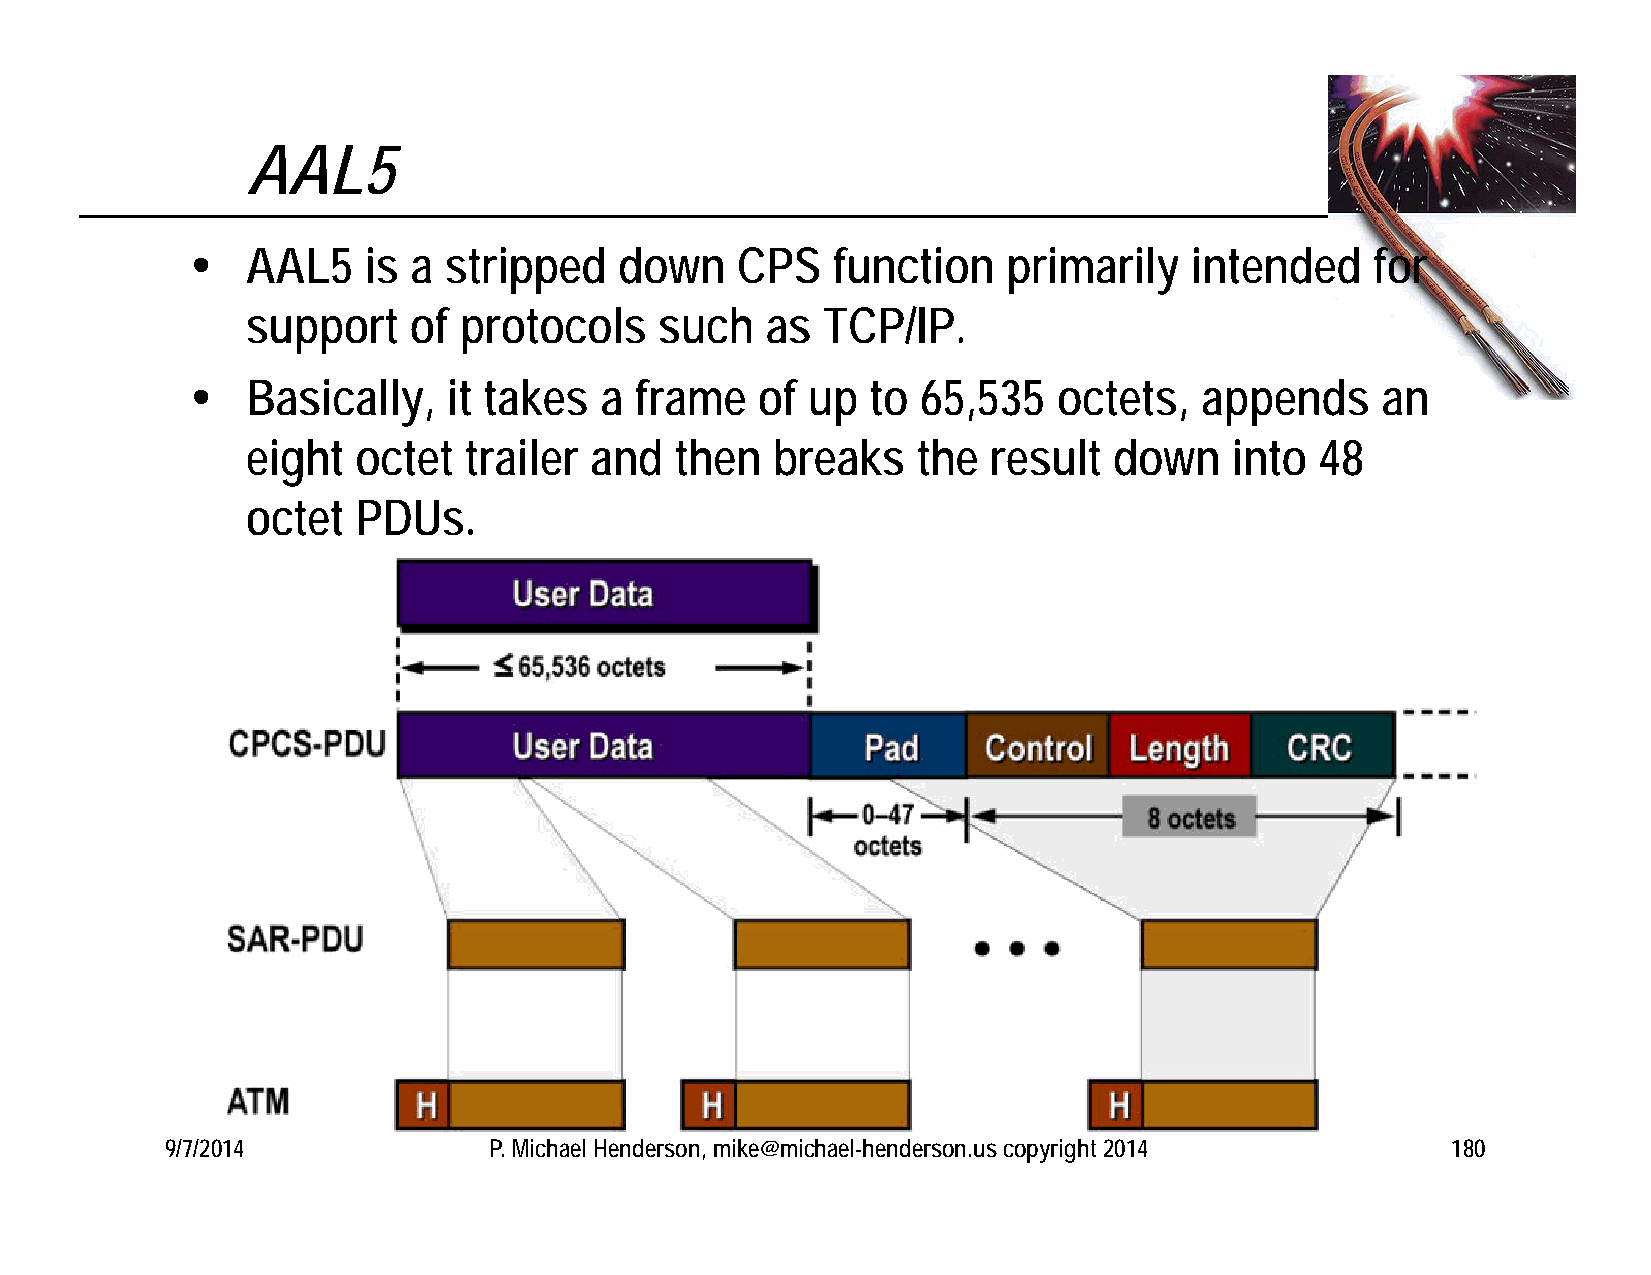
AAL5
   AAL5    is a stripped    down    CPS   function    primarily   intended    for
 support    of protocols     such   as TCP/IP.
   Basically,    it takes  a frame   of up   to 65,535   octets,  appends     an
 eight   octet  trailer and   then  breaks    the  result  down    into 48
 octet   PDUs.
 9/7/2014             P. Michael Henderson, mike@michael-henderson.us copyright 2014  180